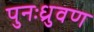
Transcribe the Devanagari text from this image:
पुनःध्रुवण